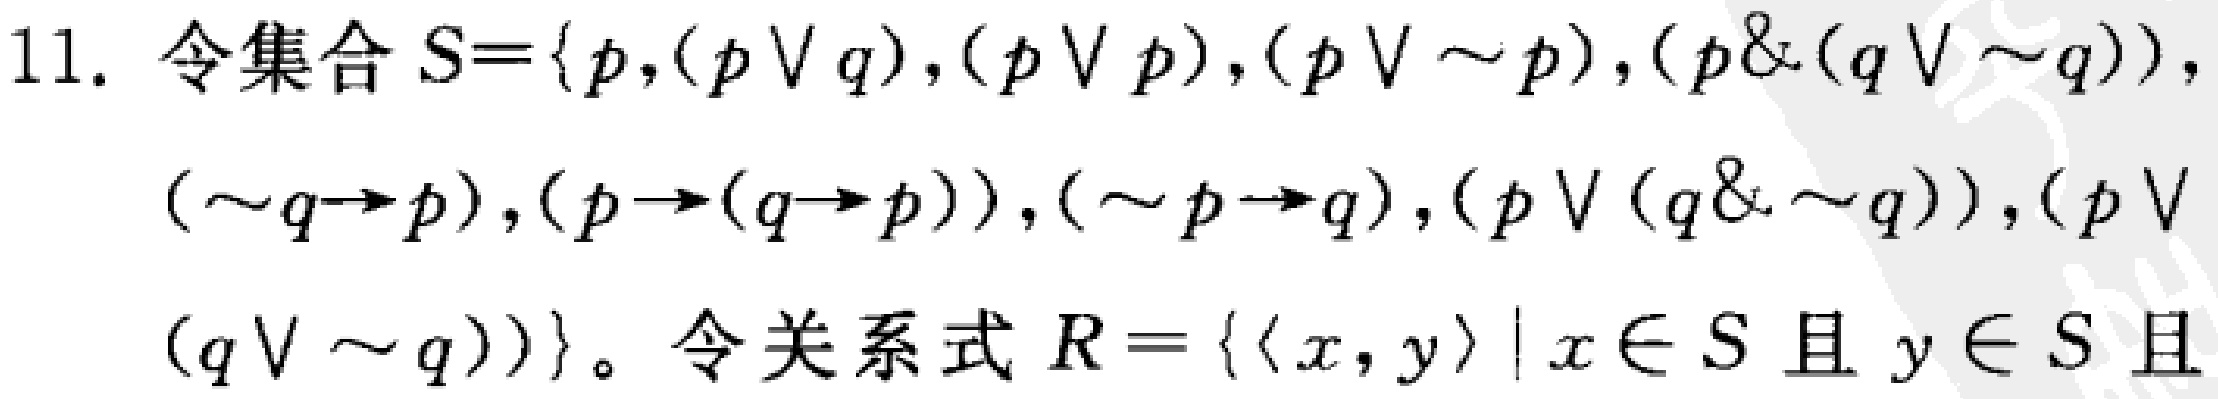
11. 令集合 \(S = \{p,(p\vee q),(p\vee p),(p\vee \sim p),(p\&(q\vee \sim q)),(\sim q\rightarrow p),(p\rightarrow (q\rightarrow p)),(\sim p\rightarrow q),(p\vee (q\&\sim q)),(p\vee (q\vee \sim q))\}\)。令关系式 \(R = \{\langle x,y\rangle\mid x\in S \text{ 且 } y\in S \text{ 且 }\)